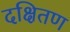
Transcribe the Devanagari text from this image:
दक्षितण